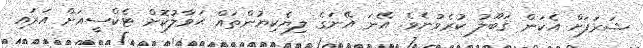
ޝަރަފަށް އެކަން ޤަބޫލު ކުރެވުނެވެ. އޭނަ އޭނަގެ ލިޔެކިޔުންތައް ޙަވާލުކޮށް ޓެކްސީއަށް އަރައި